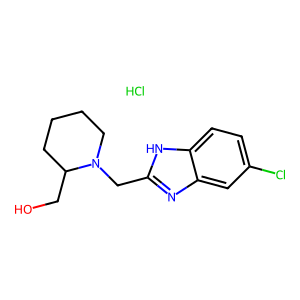
SMILES: Cl.OCC1CCCCN1Cc1nc2cc(Cl)ccc2[nH]1
Inhibits HIV replication: No